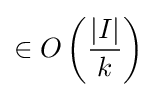
\in O\left({\frac {|I|}{k}}\right)